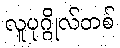
လူပုဂ္ဂိုလ်တစ်